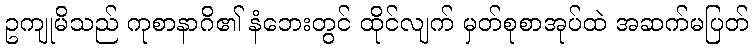
ဥကျုမိသည် ကုစာနာဂိ၏ နံဘေးတွင် ထိုင်လျက် မှတ်စုစာအုပ်ထဲ အဆက်မပြတ်